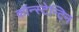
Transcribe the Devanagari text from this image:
कॉन्स्टेन्टिन